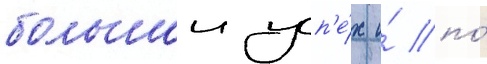
большои усп'е́х и́ по́